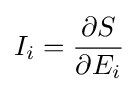
I_{i}={\frac {\partial {S}}{\partial {E_{i}}}}